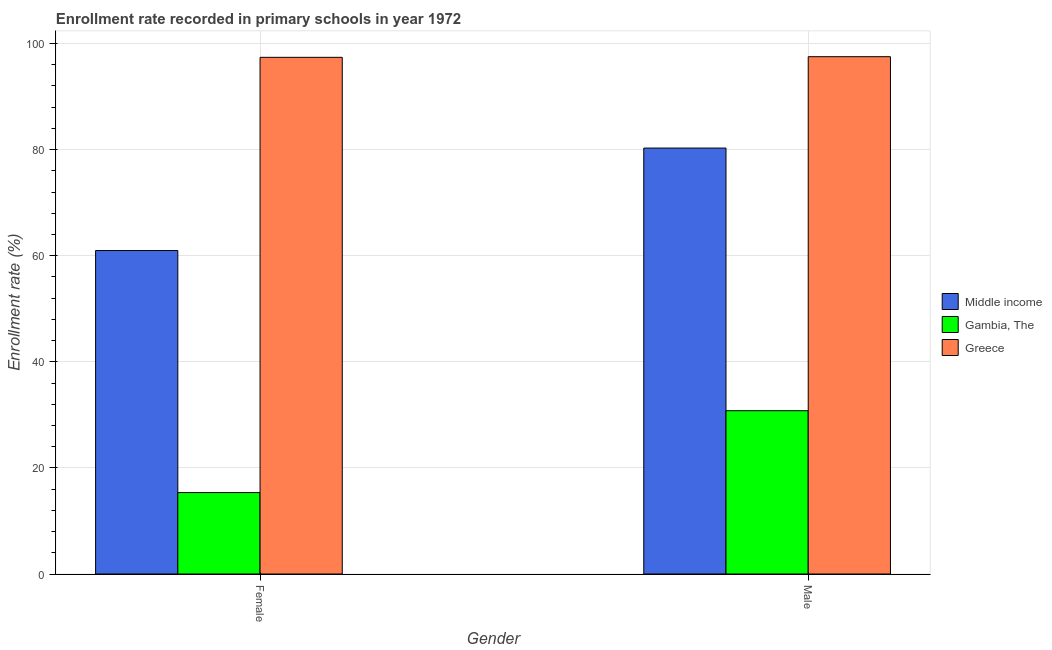
| Gender | Middle income | Gambia, The | Greece |
 | --- | --- | --- | --- |
 | Female | 61 | 15.3 | 97.4 |
 | Male | 80.3 | 30.8 | 97.5 |